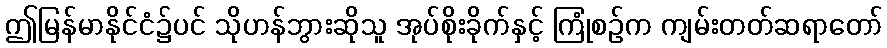
ဤမြန်မာနိုင်ငံ၌ပင် သိုဟန်ဘွားဆိုသူ အုပ်စိုးခိုက်နှင့် ကြုံစဉ်က ကျမ်းတတ်ဆရာတော်